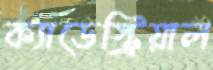
ক্যাডেস্ট্রিয়াল